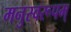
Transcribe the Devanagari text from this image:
मनुस्वरूपम्